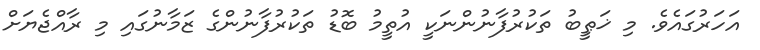
އަހަރުގައެވެ. މި ޚަޠީބު ތަކުރުފާނުންނަކީ އުތީމު ބޮޑު ތަކުރުފާނުންގެ ޒަމާނުގައި މި ރާއްޖެޔަށް